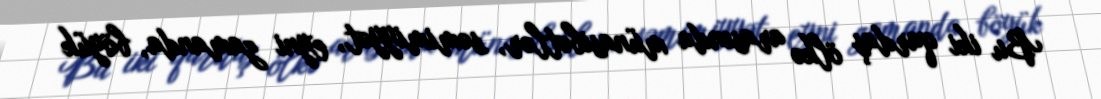
Bu iki qardaş ölkə arasında münasibətlər, səmimiyyət, eyni zamanda, böyük